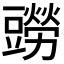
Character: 𧰎